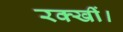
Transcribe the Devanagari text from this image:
रक्खीं।